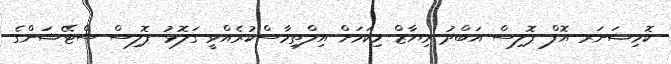
ކޮމިޝަނަރ އޮފް ޕޮލިސް އަބްދު ރިޔާޒް މިކަމަށް އިލްތިމާސްކުރެއްވީ ގަލޮޅު ޕޮލިސް ސްޓޭޝަންގެ